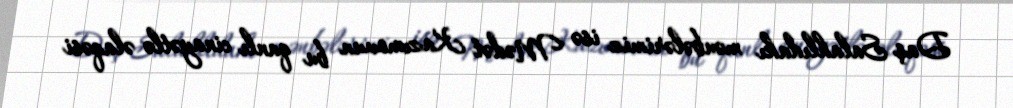
Daş Salahlıdakı mənbələrimiz isə Mədət Kazımovun bu qanlı cinayətlə əlaqəsi